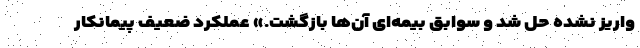
واریز نشده حل شد و سوابق بیمه‌ای آن‌ها بازگشت.» عملکرد ضعیف پیمانکار